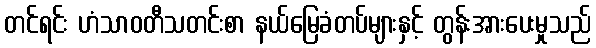
တင်ရင်း ဟံသာဝတီသတင်းစာ နယ်မြေခံတပ်များနှင့် တွန်းအားပေးမှုသည်